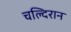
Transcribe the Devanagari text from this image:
चल्दिरान